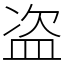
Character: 盗